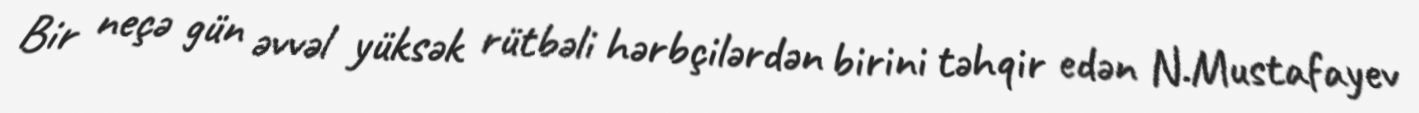
Bir neçə gün əvvəl yüksək rütbəli hərbçilərdən birini təhqir edən N.Mustafayev